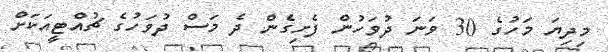
މިދިޔަ މަހުގެ 30 ވަނަ ދުވަހުން ފެށިގެން ދެ މަސް ދުވަހުގެ ޗުއްޓީއަކަށް